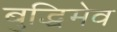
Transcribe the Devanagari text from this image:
बुद्धिमेव